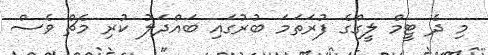
މި ދެ ޓީމް ލީގްގެ ފުރަތަމަ ބުރުގައި ބައްދަލު ކުރި މެޗް ވެސް